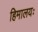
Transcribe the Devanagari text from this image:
हिमालयः